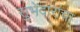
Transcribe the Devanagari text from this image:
सुभेदारांचा